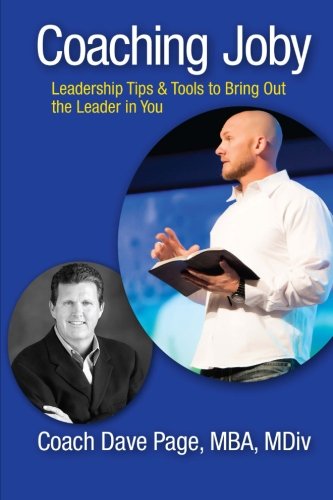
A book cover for Coaching Joby: Leadership Tips & Tools to Bring Out the Leader in You; Dave Page; Christian Books & Bibles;